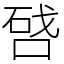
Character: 𠷠